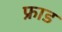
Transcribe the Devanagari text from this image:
फ्राड